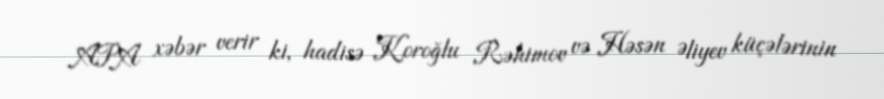
APA xəbər verir ki, hadisə Koroğlu Rəhimov və Həsən Əliyev küçələrinin